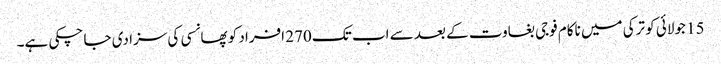
15 جولائی کو ترکی میں ناکام فوجی بغاوت کے بعد سے اب تک 270 افراد کو پھانسی کی سزا دی جا چکی ہے۔